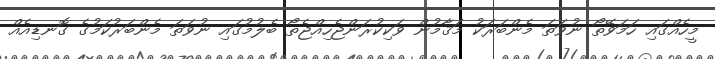
މީހެއްގައި ހަމަވޭތޯ ނުވަތަ މެންބަރަކު މަޤާމުން ވަކިކުރަންޖެހިއްޖެތޯ ބެލުމުގައި ނުވަތަ މެންބަރުކަމުގެ ގޮނޑިއެއް